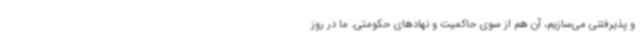
و پذیرفتنی می‌سازیم، آن هم از سوی حاکمیت و نهادهای حکومتی. ما در روز